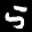
Label: 5